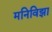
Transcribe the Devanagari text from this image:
मनिविझा